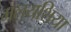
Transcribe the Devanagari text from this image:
मलयशिया